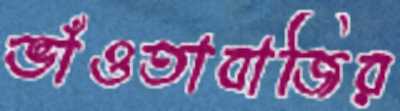
ভাঁওতাবাজির